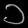
Digit: ၁